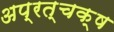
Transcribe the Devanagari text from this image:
अप्रत्चक्ष